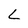
Character: L